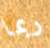
ربما